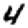
Digit: 4